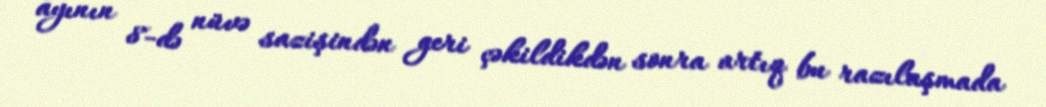
ayının 8-də nüvə sazişindən geri çəkildikdən sonra artıq bu razılaşmada